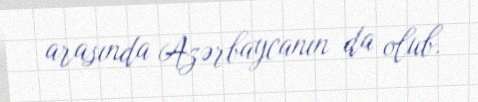
arasında Azərbaycanın da olub.